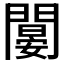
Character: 𨶁